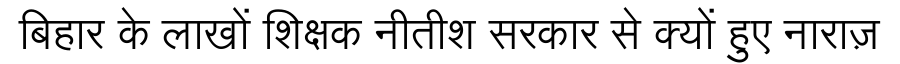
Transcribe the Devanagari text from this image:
बिहार के लाखों शिक्षक नीतीश सरकार से क्यों हुए नाराज़